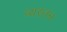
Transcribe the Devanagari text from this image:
व्यस्तन